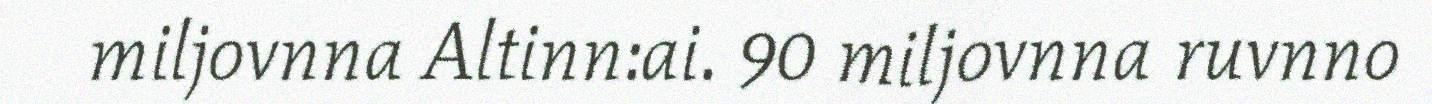
miljovnna Altinn:ai. 90 miljovnna ruvnno